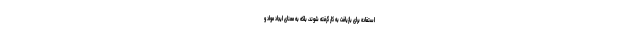
استفاده برای بازیافت به کار گرفته شوند، بلکه به معنای ایجاد مواد و